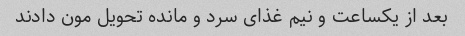
بعد از یکساعت و نیم غذای سرد و مانده تحویل مون دادند